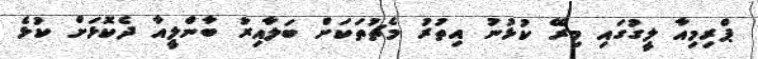
ޕްރިމިއާ ލީގުގައި މިރޭ ކުޅުނު އިތުރު މެޗުތަކަށް ބަލާއިރު ބާންލީއާ ދެކޮޅަށް ކުޅެ